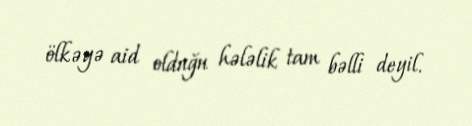
ölkəyə aid olduğu hələlik tam bəlli deyil.